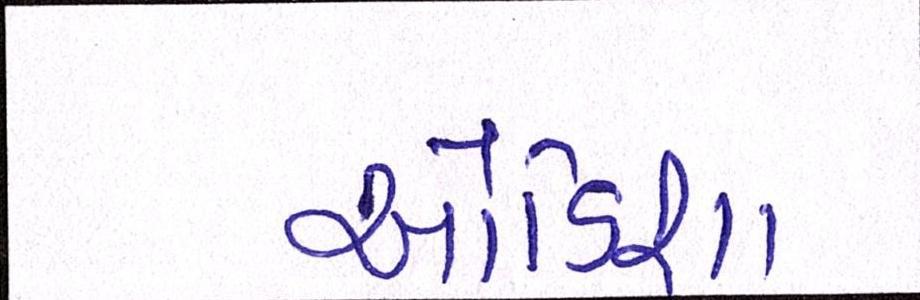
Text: ઓડિશા